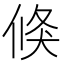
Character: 倏